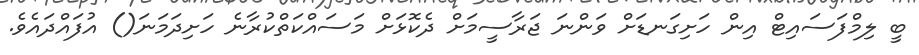
ބީ ލިމްފަސައިޓް އިން ހަށިގަނޑަށް ވަންނަ ޖަރާސީމަށް ދެކޮޅަށް މަސައްކަތްކުރާނެ ހަށިދަމަނަ() އުފައްދައެވެ.